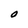
Character: O